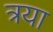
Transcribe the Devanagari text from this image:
त्रया